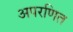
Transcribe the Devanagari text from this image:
अपरणित